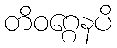
တိဝဂ္ဂေနပိ